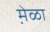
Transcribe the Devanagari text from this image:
मे़ळा